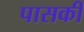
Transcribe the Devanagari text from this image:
पासकी